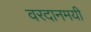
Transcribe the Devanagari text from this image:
वरदानमयी